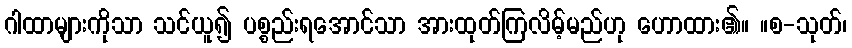
ဂါထာများကိုသာ သင်ယူ၍ ပစ္စည်းရအောင်သာ အားထုတ်ကြလိမ့်မည်ဟု ဟောထား၏။ ။စ-သုတ်၊